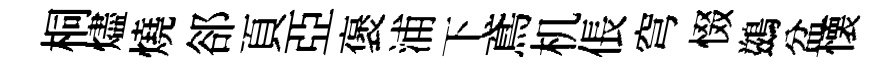
桐燼燒郤頁亞褒浦下鳶机倀穹惙鷀盆懐